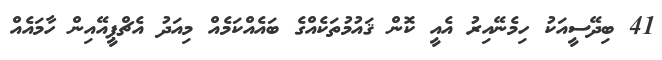
41 ބިދޭސީއަކު ހިމެނޭއިރު އެއީ ކޮން ޤައުމުތަކެއްގެ ބައެއްކަމެއް މިއަދު އެޗްޕީއޭއިން ހާމައެއް